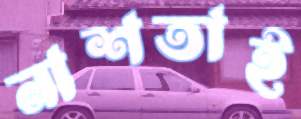
নাশতাই